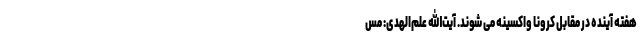
هفته آینده در مقابل کرونا واکسینه می شوند. آیت‌الله علم‌الهدی: مس